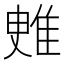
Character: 𨾳